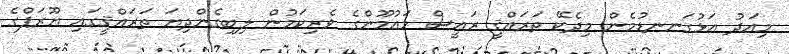
މިއަދު އަޅުގަނނޑުމެން މިދެކޭ ތަރައްޤީ ރައީސް މައުމޫންގެ ވެރިކަމުން ލިބިގެންދިޔަ ތަރައްޤީގައި ޔޫރަޕްގެ